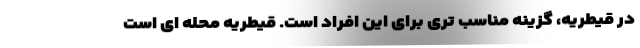
در قیطریه، گزینه مناسب تری برای این افراد است. قیطریه محله ای است